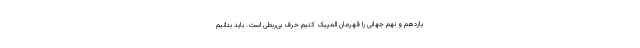
یازدهم و نهم جهانی را قهرمان المپیک کنیم حرف بی‌ربطی است. باید بدانیم